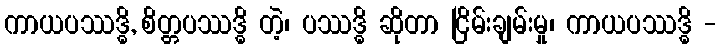
ကာယပဿဒ္ဓိ, စိတ္တပဿဒ္ဓိ တဲ့၊ ပဿဒ္ဓိ ဆိုတာ ငြိမ်းချမ်းမှု၊ ကာယပဿဒ္ဓိ -